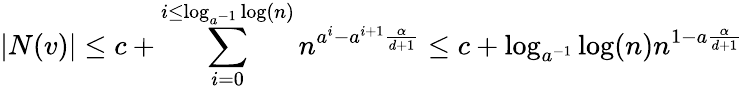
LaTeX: |N(v)|\leq c+\sum_{i=0}^{i\leq\log_{a^{-1}}\log(n)}n^{a^{i}-a^{i+1}\frac{\alpha}{d+1}}\leq c+\log_{a^{-1}}\log(n)n^{1-a\frac{\alpha}{d+1}}